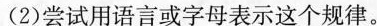
(2)尝试用语言或字母表示这个规律。